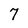
Character: 7